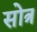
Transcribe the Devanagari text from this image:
सोत्र